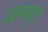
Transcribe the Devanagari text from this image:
अन्धा्र